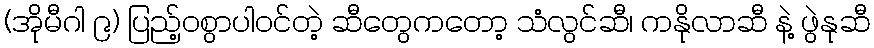
(အိုမီဂါ ၉) ပြည့်ဝစွာပါဝင်တဲ့ ဆီတွေကတော့ သံလွင်ဆီ၊ ကနိုလာဆီ နဲ့ ဖွဲနုဆီ